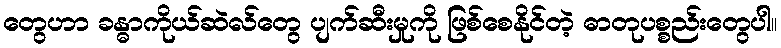
တွေဟာ ခန္ဓာကိုယ်ဆဲလ်တွေ ပျက်ဆီးမှုကို ဖြစ်စေနိုင်တဲ့ ဓာတုပစ္စည်းတွေပါ။